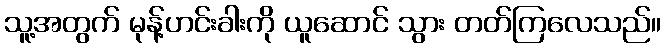
သူ့အတွက် မုန့်ဟင်းခါးကို ယူဆောင် သွား တတ်ကြလေသည်။